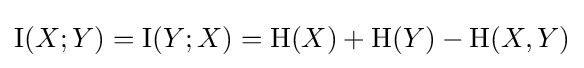
\operatorname {I} (X;Y)=\operatorname {I} (Y;X)=\mathrm {H} (X)+\mathrm {H} (Y)-\mathrm {H} (X,Y)